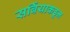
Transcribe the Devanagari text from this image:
सर्बियाकडून